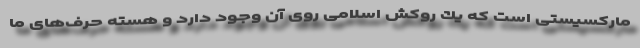
ماركسیستی است كه یك روكش اسلامی روی آن وجود دارد و هسته حرف‌های ما